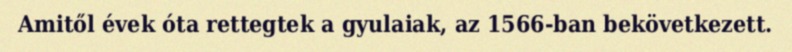
Amitől évek óta rettegtek a gyulaiak, az 1566-ban bekövetkezett.